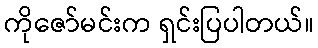
ကိုဇော်မင်းက ရှင်းပြပါတယ်။